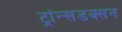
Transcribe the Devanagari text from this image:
ट्रांन्सडक्सन